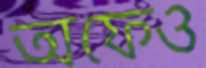
অফেও